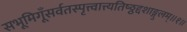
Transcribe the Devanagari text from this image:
सभूमिगूँसर्वतस्पृत्त्वात्त्यतिष्ठ्ठद्दशाङ्गुलम्॥१॥